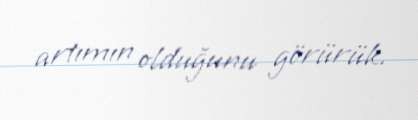
artımın olduğunu görürük.